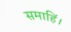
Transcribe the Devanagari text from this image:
समाहिं।